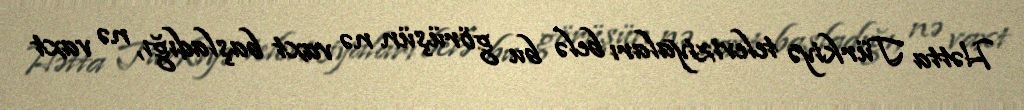
Hətta Türkiyə televiziyaları belə bu görüşün nə vaxt başladığı, nə vaxt